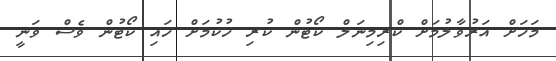
މަހަށް އަރުވާލުމަށް ކްރިމިނަލް ކޯޓުން ކުރި ހުކުމަށް ހައި ކޯޓުން ވެސް ވަނީ